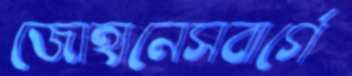
জোহানেসবার্গে